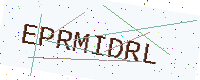
Text: EPRMIDRL